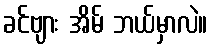
ခင်ဗျား အိမ် ဘယ်မှာလဲ။